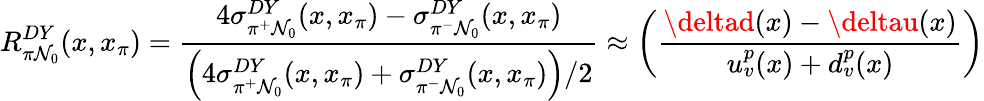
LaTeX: R_{\pi\mathcal{N}_{0}}^{DY}(x,x_{\pi})=\frac{{4\sigma_{\pi^{+}\mathcal{N}_{0}}^{DY}(x,x_{\pi})-\sigma_{\pi^{-}\mathcal{N}_{0}}^{DY}(x,x_{\pi})}}{{\left(4\sigma_{\pi^{+}\mathcal{N}_{0}}^{DY}(x,x_{\pi})+\sigma_{\pi^{-}\mathcal{N}_{0}}^{DY}(x,x_{\pi})\right)/2}}\approx\left(\frac{{\deltad(x)-\deltau(x)}}{{u_{v}^{p}(x)+d_{v}^{p}(x)}}\right)